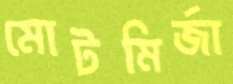
মোটমির্জা